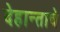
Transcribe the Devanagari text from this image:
देहान्ताचे